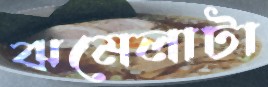
ঝমেলাটা